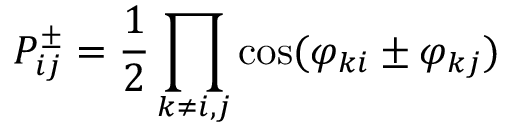
P _ { i j } ^ { \pm } = \frac { 1 } { 2 } \prod _ { k \neq i , j } \cos ( \varphi _ { k i } \pm \varphi _ { k j } )